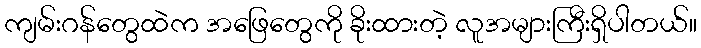
ကျမ်းဂန်တွေထဲက အဖြေတွေကို ခိုးထားတဲ့ လူအများကြီးရှိပါတယ်။